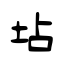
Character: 坫